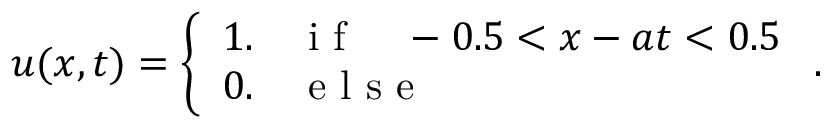
u ( x , t ) = \left\{ \begin{array} { l l } { 1 . \quad \mathrm { ~ i ~ f ~ } \quad - 0 . 5 < x - a t < 0 . 5 } \\ { 0 . \quad \mathrm { ~ e ~ l ~ s ~ e ~ } } \end{array} \right. .